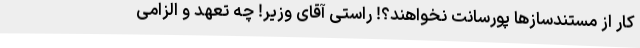
کار از مستندسازها پورسانت نخواهند؟! راستی آقای وزیر! چه تعهد و الزامی